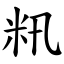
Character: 籸